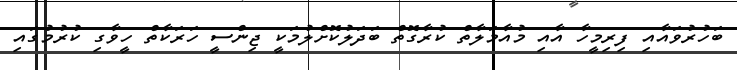
ބަހުރުވައާއި ފިރިމީހާ އާއި މުއާމަލާތް ކުރާގޮތް ބަދަލުކޮށްލުމަކީ ޖިންސީ ހަރަކާތް ހީވާގި ކުރުމުގައި